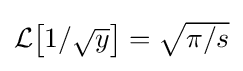
{\textstyle {\mathcal {L}}{\left[{1}/{\sqrt {y}}\right]}={\sqrt {{\pi }/{s}}}}